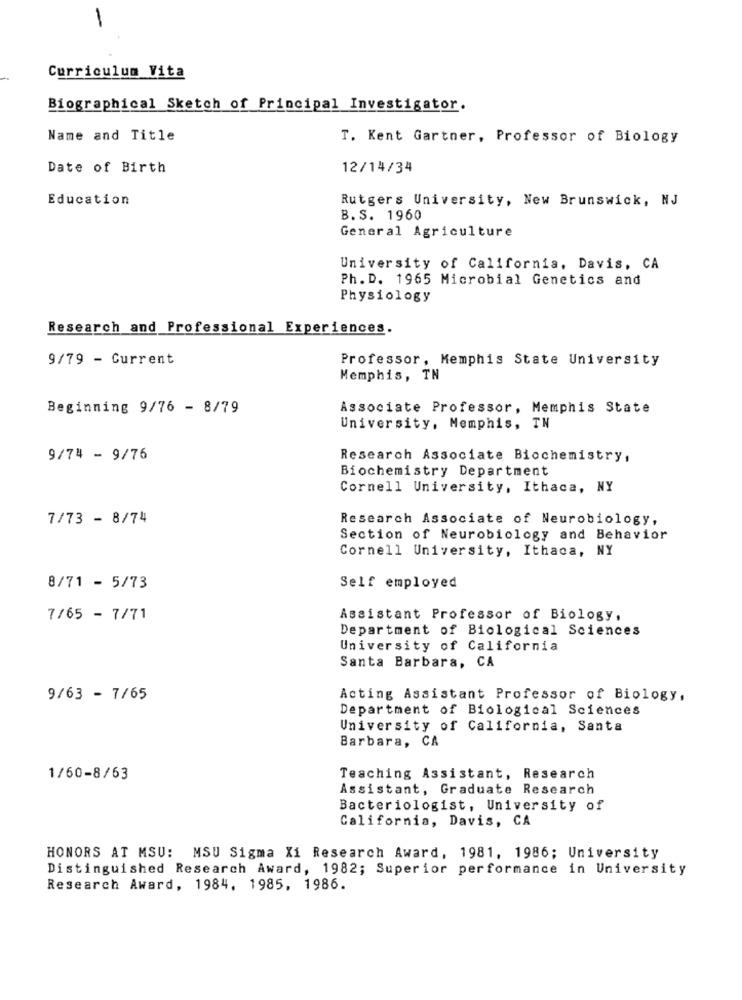
Curriculum Vita
Biographical Sketch of Principal Investigator.
Name and Title
T. Kent Gartner, Professor of Biology
Date of Birth
12/14/34
Education
Rutgers University, New Brunswick, NJ
B. S. 1960
General Agriculture
University of California, Davis, CA
Ph. D. 1965 Microbial Genetics and
Physiology
Research and Professional Experiences.
9/79 - Current
Professor, Memphis State University
Memphis, TN
Beginning 9/76 - 8/79
Associate Professor, Memphis State
University, Memphis, TN
9/74 - 9/76
Research Associate Biochemistry,
Biochemistry Department
Cornell University, Ithaca, NY
7/73 - 8/74
Research Associate of Neurobiology,
Section of Neurobiology and Behavior
Cornell University, Ithaca, NY
8/71 - 5/73
Self employed
7/65 - 7/71
Assistant Professor of Biology,
Department of Biological Sciences
University of California
Santa Barbara, CA
9/63 - 7/65
Acting Assistant Professor of Biology,
Department of Biological Sciences
University of California, Santa
Barbara, CA
1/60-8/63
Teaching Assistant, Research
Assistant, Graduate Research
Bacteriologist, University of
California, Davis, CA
HONORS AT MSU: MSU Sigma Xi Research Award, 1981, 1986; University
Distinguished Research Award, 1982; Superior performance in University
Research Award, 1984, 1985, 1986.